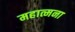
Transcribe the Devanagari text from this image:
महात्मना